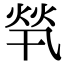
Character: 㷀